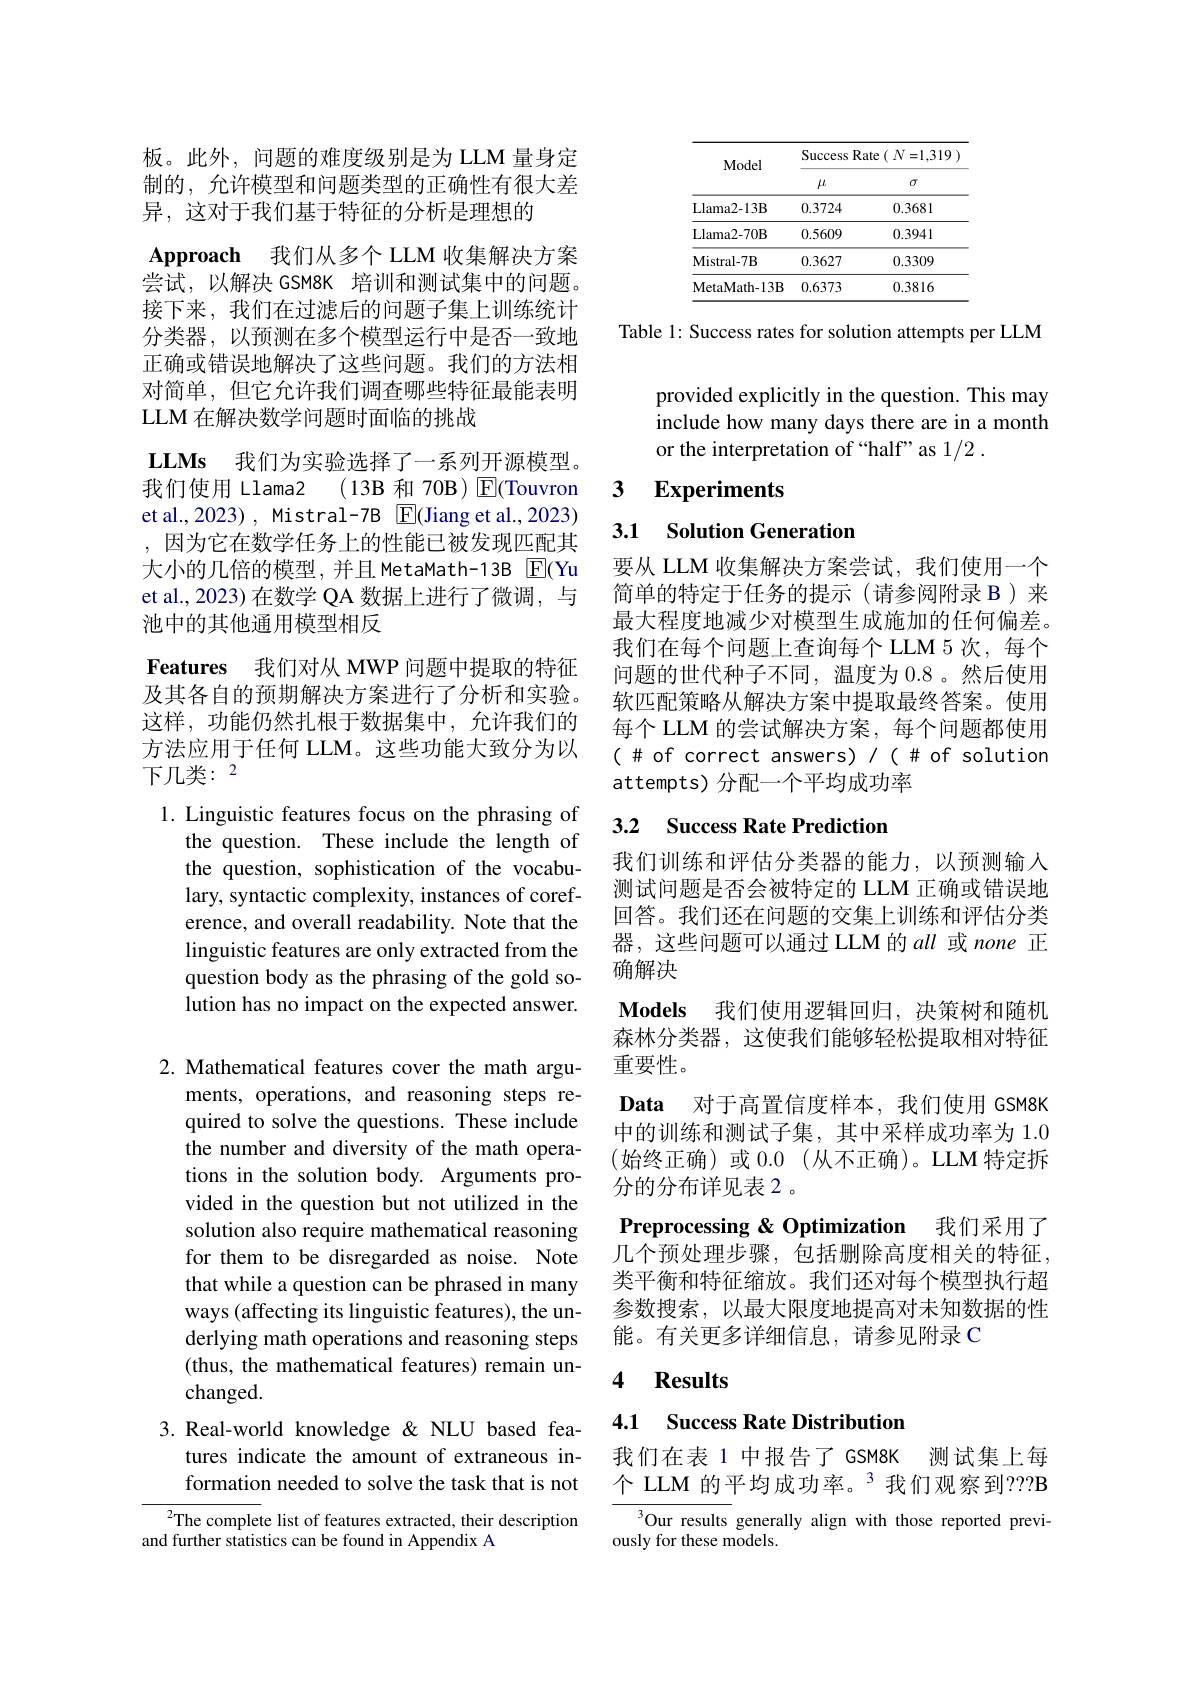
板。此外，问题的难度级别是为 LLM 量身定制的，允许模型和问题类型的正确性有很大差异，这对于我们基于特征的分析是理想的
Approach 我们从多个 LLM 收集解决方案尝试，以解决 GSM8K 培训和测试集中的问题。接下来，我们在过滤后的问题子集上训练统计分类器，以预测在多个模型运行中是否一致地正确或错误地解决了这些问题。我们的方法相对简单，但它允许我们调查哪些特征最能表明LLM 在解决数学问题时面临的挑战
$\textbf{LLMs 我 们 为 实 验 选 择 了 一 系 列 开 源 模 型 。}$ 我们使用 Llama2 (13B 和 70B) E(Touvron et al.,2023) , Mistral-7B $\boxed{\mathrm{F}}($Jiang et al.,2023) ,因为它在数学任务上的性能已被发现匹配其大小的几倍的模型，并且MetaMath-13B E(Yu et al., 2023) 在数学 QA 数据上进行了微调，与池中的其他通用模型相反
Features 我们对从 MWP 问题中提取的特征及其各自的预期解决方案进行了分析和实验。这样，功能仍然扎根于数据集中，允许我们的方法应用于任何 LLM。这些功能大致分为以下几类：2
1. Linguistic features focus on the phrasing of

the question. These include the length of the question, sophistication of the vocabulary, syntactic complexity, instances of coreference, and overall readability. Note that the linguistic features are only extracted from the question body as the phrasing of the gold solution has no impact on the expected answer.

2. Mathematical features cover the math argu-
ments, operations, and reasoning steps required to solve the questions. These include the number and diversity of the math operations in the solution body. Arguments provided in the question but not utilized in the solution also require mathematical reasoning for them to be disregarded as noise. Note that while a question can be phrased in many ways (affecting its linguistic features), the underlying math operations and reasoning steps (thus, the mathematical features) remain unchanged.

3. Real-world knowledge &NLU based fea-
tures indicate the amount of extraneous information needed to solve the task that is not

$^{2}$The complete list of features extracted, their description
and further statistics can be found in Appendix A

<table>
	<tbody>
		<tr>
			<th rowspan="2">Model</th>
			<th colspan="2">Success Rate ( $N= 1, 319$</th>
		</tr>
		<tr>
			<th>$\mu$</th>
			<th>$\sigma$</th>
		</tr>
		<tr>
			<td>Llama2- 13B</td>
			<td>0.3724</td>
			<td>0.3681</td>
		</tr>
		<tr>
			<td>Llama2- 70B</td>
			<td>0.5609</td>
			<td>0.3941</td>
		</tr>
		<tr>
			<td>Mistral-7B</td>
			<td>0.3627</td>
			<td>0.3309</td>
		</tr>
		<tr>
			<td>MetaMath- 13B</td>
			<td>0.6373</td>
			<td>0.3816</td>
		</tr>
	</tbody>
</table>

Table 1: Success rates for solution attempts per LLM

provided explicitly in the question. This may include how many days there are in a month or the interpretation of “half” as 1/2 .

### 3 $\textbf{Experiments}$

3.1 Solution Generation

要从 LLM 收集解决方案尝试，我们使用一个简单的特定于任务的提示(请参阅附录 B)来最大程度地减少对模型生成施加的任何偏差。我们在每个问题上查询每个 LLM 5 次，每个问题的世代种子不同，温度为0.8。然后使用软匹配策略从解决方案中提取最终答案。使用每个 LLM 的尝试解决方案，每个问题都使用$(\#$ of correct answers)/(#of solution attempts)分配一个平均成功率

## 3.2 Success Rate Prediction

$\textbf{Models}$ 我们使用逻辑回归，决策树和随机

我们训练和评估分类器的能力，以预测输入测试问题是否会被特定的 LLM 正确或错误地回答。我们还在问题的交集上训练和评估分类器，这些问题可以通过 LLM 的all或 none 正确解决
森林分类器，这使我们能够轻松提取相对特征
重要性。
Data 对于高置信度样本，我们使用 GSM8K 中的训练和测试子集，其中采样成功率为 1.0 (始终正确)或 0.0 (从不正确)。LLM 特定拆分的分布详见表 2 。
Preprocessing & Optimization 我们采用了几个预处理步骤，包括删除高度相关的特征。类平衡和特征缩放。我们还对每个模型执行超参数搜索，以最大限度地提高对未知数据的性能。有关更多详细信息，请参见附录 C

# 4 Results

## 4.1 Success Rate Distribution

我们在表 1 中报告了 GSM8K 测试集上每

个 LLM 的平均成功率。 3 我们观察到？?B

${\overline{{^3}\text{Our results }}}$generally align with those reported previ-
ously for these models.